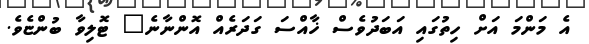
އެ މަންމަ އަށް ހިތުގައި އަބަދުވެސް ޚާއްސަ ގަދަރެއް އޮންނާނެ" ޓޮލިވާ ބުންޏެވެ.